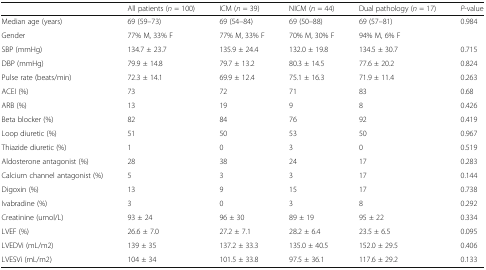
<table><thead><tr><td></td><td><b>All patients (<i>n</i> = 100)</b></td><td><b>ICM (<i>n</i> = 39)</b></td><td><b>NICM (<i>n</i> = 44)</b></td><td><b>Dual pathology (<i>n</i> = 17)</b></td><td><b><i>P</i>-value</b></td></tr></thead><tbody><tr><td>Median age (years)</td><td>69 (59–73)</td><td>69 (54–84)</td><td>69 (50–88)</td><td>69 (57–81)</td><td>0.984</td></tr><tr><td>Gender</td><td>77% M, 33% F</td><td>77% M, 33% F</td><td>70% M, 30% F</td><td>94% M, 6% F</td><td></td></tr><tr><td>SBP (mmHg)</td><td>134.7 ± 23.7</td><td>135.9 ± 24.4</td><td>132.0 ± 19.8</td><td>134.5 ± 30.7</td><td>0.715</td></tr><tr><td>DBP (mmHg)</td><td>79.9 ± 14.8</td><td>79.7 ± 13.2</td><td>80.3 ± 14.5</td><td>77.6 ± 20.2</td><td>0.824</td></tr><tr><td>Pulse rate (beats/min)</td><td>72.3 ± 14.1</td><td>69.9 ± 12.4</td><td>75.1 ± 16.3</td><td>71.9 ± 11.4</td><td>0.263</td></tr><tr><td>ACEI (%)</td><td>73</td><td>72</td><td>71</td><td>83</td><td>0.68</td></tr><tr><td>ARB (%)</td><td>13</td><td>19</td><td>9</td><td>8</td><td>0.426</td></tr><tr><td>Beta blocker (%)</td><td>82</td><td>84</td><td>76</td><td>92</td><td>0.419</td></tr><tr><td>Loop diuretic (%)</td><td>51</td><td>50</td><td>53</td><td>50</td><td>0.967</td></tr><tr><td>Thiazide diuretic (%)</td><td>1</td><td>0</td><td>3</td><td>0</td><td>0.519</td></tr><tr><td>Aldosterone antagonist (%)</td><td>28</td><td>38</td><td>24</td><td>17</td><td>0.283</td></tr><tr><td>Calcium channel antagonist (%)</td><td>5</td><td>3</td><td>3</td><td>17</td><td>0.144</td></tr><tr><td>Digoxin (%)</td><td>13</td><td>9</td><td>15</td><td>17</td><td>0.738</td></tr><tr><td>Ivabradine (%)</td><td>3</td><td>0</td><td>3</td><td>8</td><td>0.292</td></tr><tr><td>Creatinine (umol/L)</td><td>93 ± 24</td><td>96 ± 30</td><td>89 ± 19</td><td>95 ± 22</td><td>0.334</td></tr><tr><td>LVEF (%)</td><td>26.6 ± 7.0</td><td>27.2 ± 7.1</td><td>28.2 ± 6.4</td><td>23.5 ± 6.5</td><td>0.095</td></tr><tr><td>LVEDVi (mL/m2)</td><td>139 ± 35</td><td>137.2 ± 33.3</td><td>135.0 ± 40.5</td><td>152.0 ± 29.5</td><td>0.406</td></tr><tr><td>LVESVi (mL/m2)</td><td>104 ± 34</td><td>101.5 ± 33.8</td><td>97.5 ± 36.1</td><td>117.6 ± 29.2</td><td>0.133</td></tr></tbody></table>